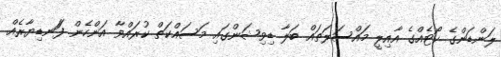
ލަންޑަންގެ ކޯޓެއްގެ އާއިލީ މައްސަލަތައް ބަލާ ޑިވިޝަންގައި މަސައްކަތް ކުރައްވާ އަންހެން ފަަނޑިޔާރެއް